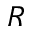
R